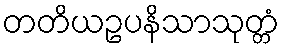
တတိယဥပနိသာသုတ္တံ